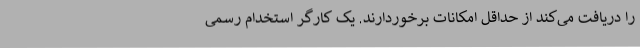
را دریافت می‌کند از حداقل امکانات برخوردارند. یک کارگر استخدام رسمی